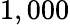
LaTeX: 1,000